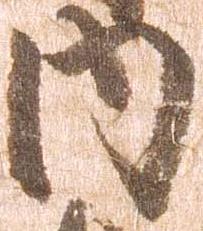
内